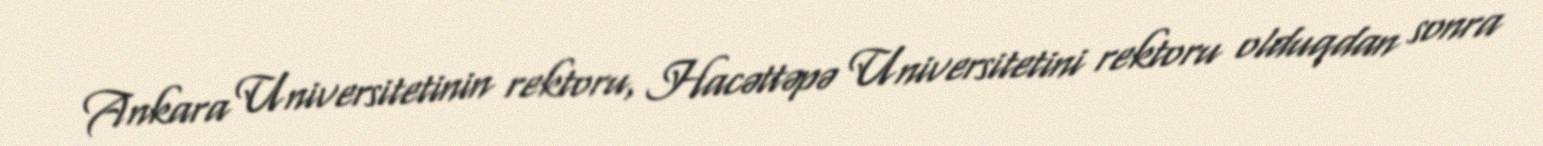
Ankara Universitetinin rektoru, Hacəttəpə Universitetini rektoru olduqdan sonra